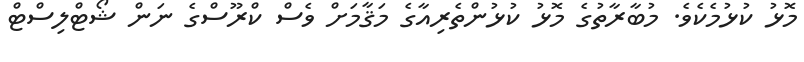
މޮޅު ކުޅުމެކެވެ. މުބާރާތުގެ މޮޅު ކުޅުންތެރިއާގެ މަޤާމަށް ވެސް ކްރޫސްގެ ނަން ޝޯޓްލިސްޓް